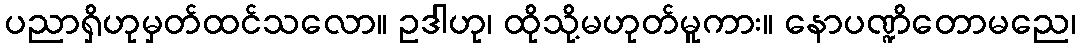
ပညာရှိဟုမှတ်ထင်သလော။ ဥဒါဟု၊ ထိုသို့မဟုတ်မူကား။ နောပဏ္ဍိတောမညေ၊